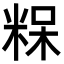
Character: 𮇠